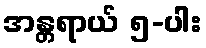
အန္တရာယ် ၅-ပါး